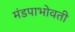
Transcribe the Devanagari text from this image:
मंडपाभोवती